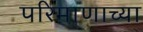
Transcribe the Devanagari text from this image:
परिमाणाच्या